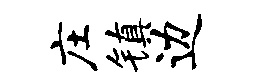
庄镇边